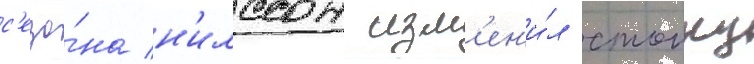
с'езо́на н'илссон изм'ен'и́л стоику